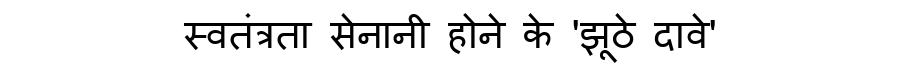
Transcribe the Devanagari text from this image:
स्वतंत्रता सेनानी होने के 'झूठे दावे'